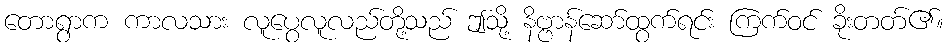
တောရွာက ကာလသား လူပွေလူလည်တို့သည် ဤသို့ နိဗ္ဗာန်ဆော်ထွက်ရင်း ကြက်ဝင် ခိုးတတ်၏။